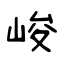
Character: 峻